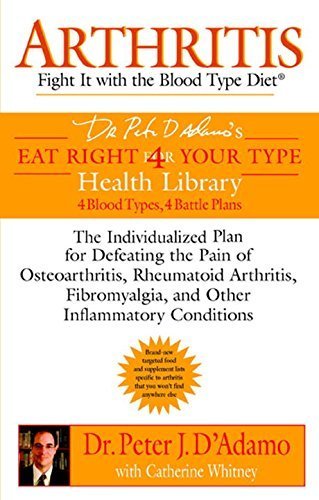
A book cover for Arthritis: Fight it with the Blood Type Diet (Eat Right 4 (for) Your Type Health Library) by D'Adamo, Dr. Peter J., Whitney, Catherine (2005) Paperback; Dr. Peter J., Whitney, Catherine D'Adamo; Health, Fitness & Dieting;